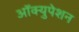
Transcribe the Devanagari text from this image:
आॅक्युपेशन